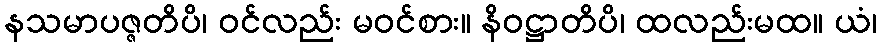
နသမာပဇ္ဇတိပိ၊ ဝင်လည်း မဝင်စား။ နိဝဋ္ဌာတိပိ၊ ထလည်းမထ။ ယံ၊